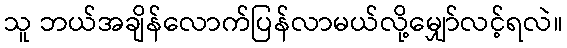
သူ ဘယ်အချိန်လောက်ပြန်လာမယ်လို့မျှော်လင့်ရလဲ။